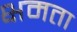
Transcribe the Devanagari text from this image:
क्षमता